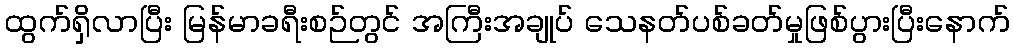
ထွက်ရှိလာပြီး မြန်မာခရီးစဉ်တွင် အကြီးအချုပ် သေနတ်ပစ်ခတ်မှုဖြစ်ပွားပြီးနောက်